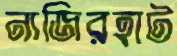
নাজিরহাট